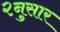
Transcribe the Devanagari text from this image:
२नुसार